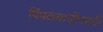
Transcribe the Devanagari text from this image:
पिंपळवाडीसाठी